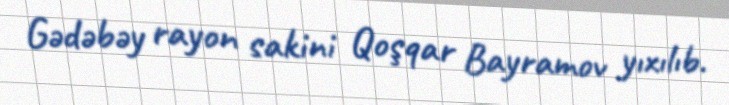
Gədəbəy rayon sakini Qoşqar Bayramov yıxılıb.